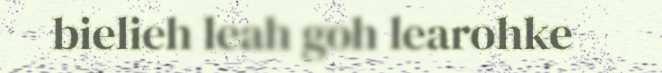
bielieh leah goh learohke